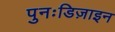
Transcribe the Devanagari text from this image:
पुनःडिज़ाइन